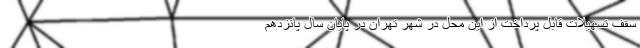
سقف تسهیلات قابل پرداخت از این محل در شهر تهران در پایان سال پانزدهم